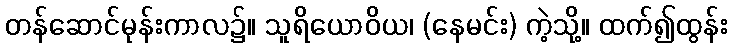
တန်ဆောင်မုန်းကာလ၌။ သူရိယောဝိယ၊ (နေမင်း) ကဲ့သို့။ ထက်၍ထွန်း